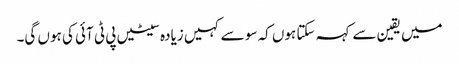
میں یقین سے کہہ سکتا ہوں کہ سو سے کہیں زیادہ سیٹیں پی ٹی آئی کی ہوں گی۔